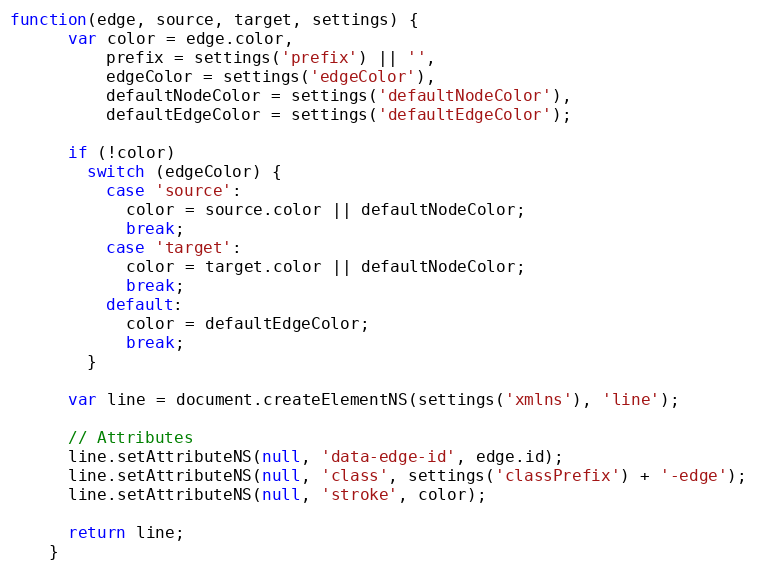
Language: JavaScript
function(edge, source, target, settings) {
      var color = edge.color,
          prefix = settings('prefix') || '',
          edgeColor = settings('edgeColor'),
          defaultNodeColor = settings('defaultNodeColor'),
          defaultEdgeColor = settings('defaultEdgeColor');

      if (!color)
        switch (edgeColor) {
          case 'source':
            color = source.color || defaultNodeColor;
            break;
          case 'target':
            color = target.color || defaultNodeColor;
            break;
          default:
            color = defaultEdgeColor;
            break;
        }

      var line = document.createElementNS(settings('xmlns'), 'line');

      // Attributes
      line.setAttributeNS(null, 'data-edge-id', edge.id);
      line.setAttributeNS(null, 'class', settings('classPrefix') + '-edge');
      line.setAttributeNS(null, 'stroke', color);

      return line;
    }